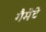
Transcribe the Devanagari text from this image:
गैमेटे